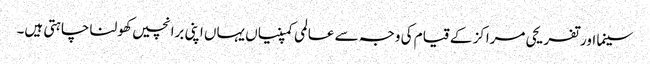
سینما اور تفریحی مراکز کے قیام کی وجہ سے عالمی کمپنیاں یہاں اپنی برانچیں کھولنا چاہتی ہیں۔